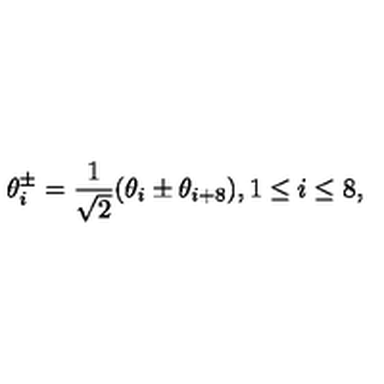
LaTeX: \theta _ { i } ^ { \pm } = \frac { 1 } { \sqrt { 2 } } ( \theta _ { i } \pm \theta _ { i + 8 } ) , 1 \leq i \leq 8 ,